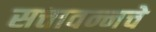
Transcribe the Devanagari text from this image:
सत्तावन्नचे